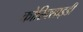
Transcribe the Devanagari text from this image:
कोरिक्साइडी